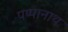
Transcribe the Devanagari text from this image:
पप्पानाथ